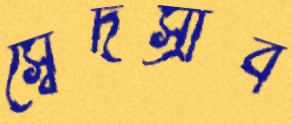
স্বেদস্রাব